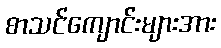
စာသင်ကျောင်းများအား